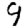
Digit: 9